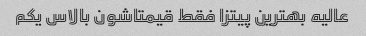
عالیه بهترین پیتزا فقط قیمتاشون بالاس یکم